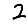
Digit: 2